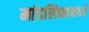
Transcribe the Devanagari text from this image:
मांडलिकामध्ये